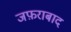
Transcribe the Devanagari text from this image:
जफ़राबाद